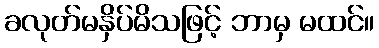
ခလုတ်မနှိပ်မိသဖြင့် ဘာမှ မထင်။